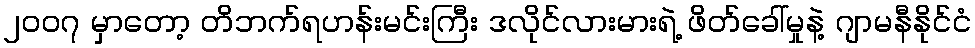
၂၀၀၇ မှာတော့ တိဘက်ရဟန်းမင်းကြီး ဒလိုင်လားမားရဲ့ ဖိတ်ခေါ်မှုနဲ့ ဂျာမနီနိုင်ငံ